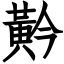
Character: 黅